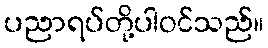
ပညာရပ်တို့ပါဝင်သည်။